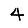
Digit: 4